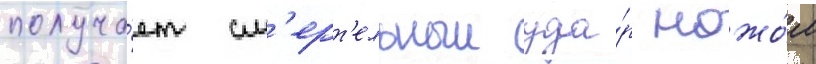
получа́ет см'ерт'ельныи уда́р ножо́м